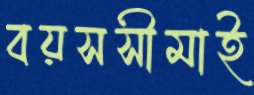
বয়সসীমাই